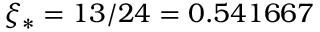
\xi _ { * } = 1 3 / 2 4 = 0 . 5 4 1 6 6 7